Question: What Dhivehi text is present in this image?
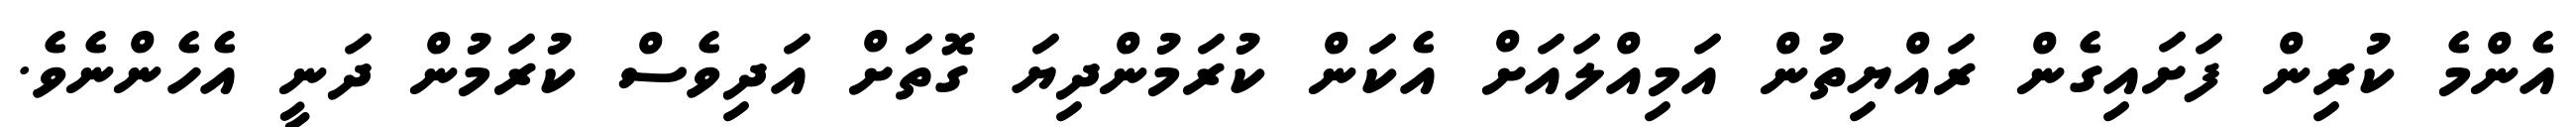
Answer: އެންމެ ކުރިން ފަށައިގެން ރައްޔިތުން އަމިއްލައަށް އެކަން ކުރަމުންދިޔަ ގޮތަށް އަދިވެސް ކުރަމުން ދަނީ އެހެންނެވެ.